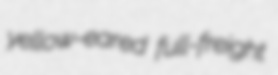
yellow-eared full-freight